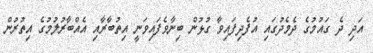
އަދި ދެ ގައުމުގެ ދެމެދުގައި އުފެދިފައިވާ ގުޅުން ބިނާވެފައިވަނީ އިތުބާރާއި އެއްބާރުލުމުގެ އިތުރުން